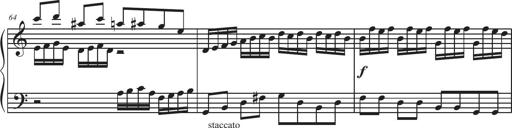
Title: Sonatina Espania
Composer: Jerald Franklin Archer
Key: Various